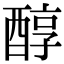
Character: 醇